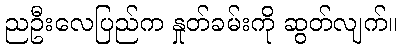
ညဦးလေပြည်က နှုတ်ခမ်းကို ဆွတ်လျက်။